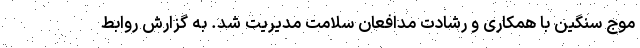
موج سنگین با همکاری و رشادت مدافعان سلامت مدیریت شد. به گزارش روابط